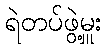
ရဲတပ်ဖွဲ့မှူး